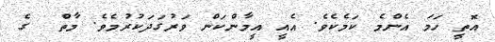
އޮތީ ހަމަ އެންމެ ކަމެކެވެ. އެއީ އީމާންކަން ވަރުގަދަކުރުމެވެ. މާތް  ގެ